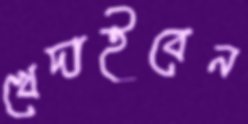
খেদাইবেন